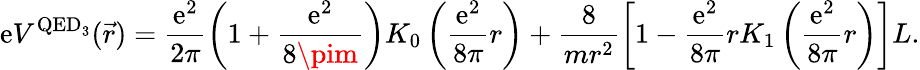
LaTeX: \mathrm{e}V^{\mathrm{{QED_{3}}}}(\vec{{r}})=\frac{{\mathrm{e}^{2}}}{{2\pi}}\left(1+\frac{{\mathrm{e}^{2}}}{{8\pim}}\right)K_{0}\left(\frac{{\mathrm{e}^{2}}}{{8\pi}}r\right)+\frac{{8}}{{mr^{2}}}\left[1-\frac{{\mathrm{e}^{2}}}{{8\pi}}rK_{1}\left(\frac{{\mathrm{e}^{2}}}{{8\pi}}r\right)\right]L.